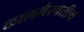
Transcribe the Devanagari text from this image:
कालभैरवतीर्थ